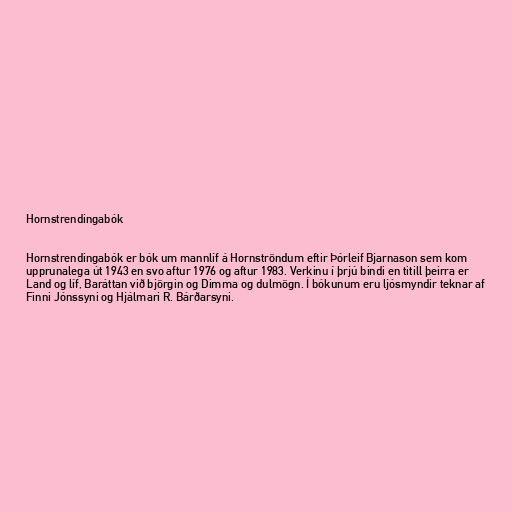
Hornstrendingabók

Hornstrendingabók er bók um mannlíf á Hornströndum eftir Þórleif Bjarnason sem kom
upprunalega út 1943 en svo aftur 1976 og aftur 1983. Verkinu í þrjú bindi en titill þeirra er
Land og líf, Baráttan við björgin og Dimma og dulmögn. Í bókunum eru ljósmyndir teknar af
Finni Jónssyni og Hjálmari R. Bárðarsyni.